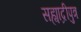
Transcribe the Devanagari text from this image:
सह्याद्रीपुत्र